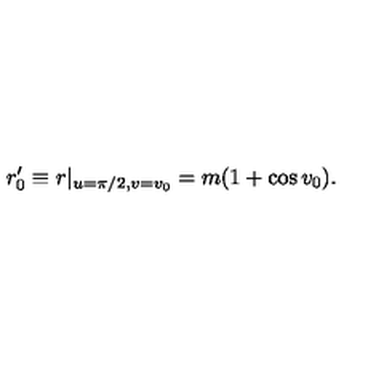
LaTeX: r _ { 0 } ^ { \prime } \equiv r | _ { u = \pi / 2 , v = v _ { 0 } } = m ( 1 + \cos v _ { 0 } ) .